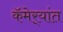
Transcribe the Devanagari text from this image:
कॅमेर्‍यांत